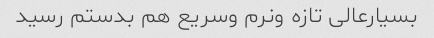
بسیارعالی تازه ونرم وسریع هم بدستم رسید